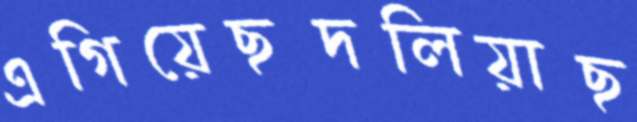
এগিয়েছদলিয়াছ